Insane asylums Bombay 1873-77 - 1873-1877
Year: 1873
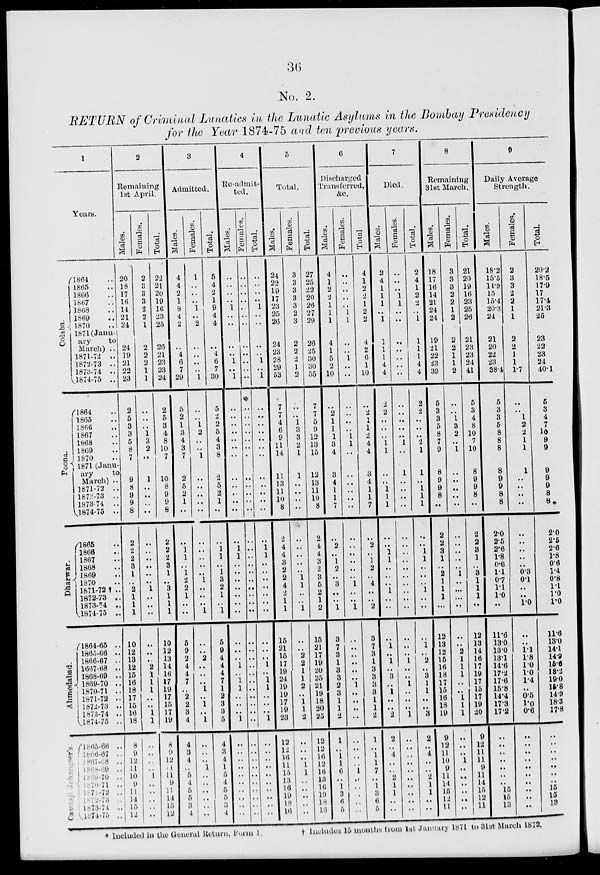
36
No. 2.
RETURN of Criminal Lunatics in the Lunatic Asylums in the Bombay Presidency
for the Year 1874-75 and ten previous years.
1
Years.
Colaba.
Poona.
Dharwar.
Ahmedabad.
Cawasji
Jehangeer's
l864 ..
1865 ..
1866 ..
1867 ..
1868 ..
1869 ..
1870 ..
1871 (Janu-
ary
to
March) ..
1871-72 ..
1872-73 ..
1873-74 ..
1874-75
..
1864 ..
1865 ..
1866 ..
1867 ..
1868 ..
1869 ..
1870 ..
1871 (Janu-
ary
to
March) ..
1871-72 ..
1872-73 ..
1873-74 ..
1874-75
..
1865 ..
1866 ..
1867 ..
1868 ..
1869 ..
1870 ..
1871-72 † ..
1872-73 ..
1873-74 ..
1874-75 ..
1864-65
..
1865-66 ..
1866-67 ..
1867-68 ..
1868-69 ..
1869-70 ..
1870-71 ..
1871-72 ..
1872-73 ..
1873-74 ..
1874-75 ..
1865-66 ..
1866-67 ..
1867-68 ..
1868-69 ..
1869-70 ..
1870-71 ..
1871-72 ..
1872-73 ..
1873-74 ..
1874-75 ..
2
Remaining
1st April.
Males.
20
18
17
16
14
21
24
24
19
21
22
23
2
5
3
3
5
8
7
9
8
9
9
8
2
2
2
3
1
..
2
1
1
1
10
12
13
12
15
16
18
17
15
16
18
8
9
12
11
10
9
11
14
15
12
Females.
2
3
3
3
2
2
1
2
2
2
1
1
..
..
..
1
3
2
..
1
..
..
..
..
..
..
..
..
..
..
1
..
..
..
..
..
..
2
1
1
1
..
..
1
1
..
..
..
..
1
..
..
..
..
..
Total.
22
21
20
19
16
23
25
26
21
23
23
24
2
5
3
4
8
10
7
10
8
9
9
8
2
2
2
3
1
..
3
1
1
1
10
12
13
14
16
17
19
17
15
17
19
8
9
12
11
11
9
11
14
15
12
3
Admitted.
Males.
4
4
2
1
8
4
2
..
4
6
7
29
5
2
1
3
4
3
7
2
5
2
1
..
..
1
1
..
1
2
2
1
..
..
5
9
2
4
4
7
..
2
2
3
4
4
3
4
..
5
4
5
5
3
4
Females.
1
..
..
..
1
..
2
..
..
..
..
1
..
..
1
2
..
..
1
..
..
..
..
..
..
..
..
..
..
1
..
..
..
1
..
..
2
..
..
..
1
..
1
..
1
..
..
..
1
..
..
..
..
..
..
Total.
5
4
2
1
9
4
4
..
4
6
7
30
5
2
2
5
4
3
8
2
5
2
1
..
..
1
1
..
1
3
2
1
..
1
5
9
4
4
4
7
1
2
3
3
5
4
3
4
1
5
4
5
5
3
4
4
Re-admit-
ted.
Males.
..
..
..
..
1
..
..
..
..
1
..
1
..
..
..
..
..
..
..
..
..
..
..
..
..
1
1
..
..
..
..
..
..
..
..
..
..
1
..
1
1
..
..
..
1
..
..
..
..
..
..
..
..
..
..
Females.
..
..
..
..
..
..
..
..
..
..
..
..
..
..
..
..
..
..
..
..
..
..
..
..
..
..
..
..
..
..
..
..
..
..
..
..
..
..
..
..
..
..
..
..
..
..
..
..
..
..
..
..
..
..
..
Total.
..
..
..
..
1
..
..
..
..
1
..
1
..
..
..
..
..
..
..
..
..
..
..
..
..
1
1
..
..
..
..
..
..
..
..
..
..
1
..
1
1
..
..
..
1
..
..
..
..
..
..
..
..
..
..
5
Total.
Males.
24
22
19
17
23
25
26
24
23
28
29
53
7
7
4
6
9
11
14
11
13
11
10
8
2
4
4
3
2
2
4
2
1
1
15
21
15
17
19
24
19
19
17
19
23
12
12
16
11
15
13
16
19
18
16
Females.
3
3
3
3
3
2
3
2
2
2
1
2
..
..
1
3
3
2
1
1
..
..
..
..
..
..
..
..
..
1
1
..
..
1
..
..
2
2
1
1
2
..
1
1
2
..
..
..
1
1
..
..
..
..
..
Total.
27
25
22
20
26
27
29
26
25
30
30
55
7
7
5
9
12
13
15
12
13
11
10
8
2
4
4
3
2
3
5
2
1
2
15
21
17
19
20
25
21
19
18
20
25
12
12
16
12
16
13
16
19
18
16
6
Discharged
Transferred,
&c.
Males.
4
1
2
2
1
1
1
4
1
5
2
10
..
2
1
1
1
3
4
3
4
1
1
7
..
2
..
1
2
..
3
..
..
1
3
7
3
1
3
3
2
3
1
1
2
1
..
1
1
6
..
1
3
6
5
Females.
..
..
..
..
..
1
1
..
..
1
..
..
..
..
..
..
1
1
..
..
..
..
..
..
..
..
..
..
..
..
1
..
..
1
..
..
..
..
..
..
1
..
..
..
..
..
..
..
..
1
..
..
..
..
..
Total.
4
1
2
2
1
2
2
4
2
6
1
10
..
2
1
1
2
4
4
3
4
1
1
7
..
2
..
1
2
..
4
..
..
2
3
7
3
1
3
3
3
3
1
1
2
1
..
1
1
7
..
1
3
6
5
7
Died.
Males.
2
4
1
1
1
..
1
1
1
1
4
4
2
2
..
..
..
1
1
..
..
1
1
1
..
..
1
1
..
..
..
1
..
..
..
1
..
1
..
3
..
1
..
..
2
2
..
4
..
..
2
1
1
..
..
Females.
..
..
..
1
1
..
..
..
..
..
..
..
..
..
..
..
..
1
..
1
..
..
..
..
..
..
..
..
..
..
..
..
..
..
..
..
..
1
..
..
1
..
..
..
1
..
..
..
..
..
..
..
..
..
..
Total.
2
4
1
2
2
..
1
1
1
1
4
4
2
2
..
..
..
2
1
1
..
1
1
1
..
..
1
1
..
..
..
1
..
..
..
1
..
2
..
3
1
1
..
..
3
2
..
4
..
..
2
1
1
..
..
8
Remaining
31st March.
Males.
18
17
16
14
21
24
24
19
21
22
23
39
5
3
3
5
8
7
9
8
9
9
8
..
2
2
3
1
..
2
1
1
1
..
12
13
12
15
16
18
17
15
16
18
19
9
12
11
10
9
11
14
15
12
11
Females.
3
3
3
2
2
1
2
2
2
1
1
2
..
..
1
3
2
..
1
..
..
..
..
..
..
..
..
..
..
1
..
..
..
..
..
..
2
1
1
1
..
..
1
1
1
..
..
..
1
..
..
..
..
..
..
Total.
21
20
19
16
23
25
26
21
23
23
24
41
5
3
4
8
10
7
10
8
9
9
8
..
2
2
3
1
..
3
1
1
1
..
12
13
14
16
17
19
17
15
17
19
20
9
12
11
11
9
11
14
15
12
11
9
Daily Average
Strength.
Males.
18.2
15.5
14.9
15
15.4
20.3
24
21
20
22
23
38.4
5
3
3
5
8
8
8
8
9
9
8
8
2.0
2.5
2.6
1.8
0.6
1.1
0.7
1.1
1.0
..
11.6
13.0
13.0
13.1
14.6
17.2
17.6
15.8
14.4
17.3
17.2
..
..
..
..
..
..
..
15
15
13
Females.
2
3
3
2
2
1
1
2
2
1
1
1.7
..
..
1
2
2
1
1
1
..
..
..
..
..
..
..
..
..
0.3
0.1
..
..
1.0
..
..
1.1
1.8
1.0
1.0
1.4
..
0.5
1.0
0.6
..
..
..
..
..
..
..
..
..
..
Total.
20.2
18.5
17.9
17
17.4
21.3
25
23
22
23
24
40.1
5
3
4
7
10
9
9
9
9
9
8
8*
2.0
2.5
2.6
1.8
0.6
1.4
0.8
1.1
1.0
1.0
11.6
13.0
14.1
14.9
15.6
18.2
19.0
15.8
14.9
18.3
17.8
..
..
..
..
..
..
..
15
15
13
* Included in the General Return, Form 1
† Includes 15 months from 1st January 1871 to 31st March 1872.